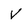
Character: V